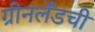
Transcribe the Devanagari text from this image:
ग्रीनलँडची